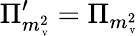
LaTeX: \Pi_{m_{\mathrm{\tiny~V}}^{2}}^{\prime}=\Pi_{m_{\mathrm{\tiny~V}}^{2}}